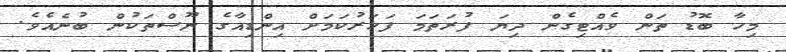
މިހާ ބޮޑު ތަން ވެއްޓިގެން ދިޔަ ފުރަތަމަ ފަހަރުކަމަށް އިންޑިއާގެ ނޫސްތަކުން ބުނެއެވެ.